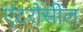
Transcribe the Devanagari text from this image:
एंटरोसील